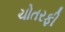
ચોતરફી